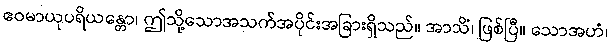
ဧဝမာယုပရိယန္တော၊ ဤသို့သောအသက်အပိုင်းအခြားရှိသည်။ အာသိံ၊ ဖြစ်ပြီ။ သောအဟံ၊